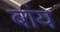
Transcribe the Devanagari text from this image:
बांय